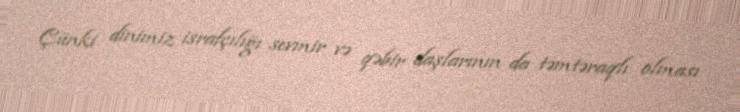
Çünki dinimiz israfçılığı sevmir və qəbir daşlarının da təmtəraqlı olması